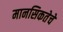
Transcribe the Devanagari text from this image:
मानसिकतेचे